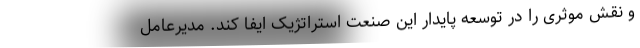
و نقش موثری را در توسعه پایدار این صنعت استراتژیک ایفا کند. مدیرعامل